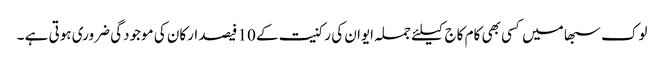
لوک سبھا میں کسی بھی کام کاج کیلئے جملہ ایوان کی رکنیت کے 10 فیصد ارکان کی موجودگی ضروری ہوتی ہے ۔